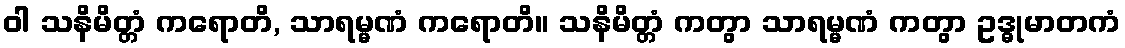
ဝါ သနိမိတ္တံ ကရောတိ, သာရမ္မဏံ ကရောတိ။ သနိမိတ္တံ ကတွာ သာရမ္မဏံ ကတွာ ဥဒ္ဓုမာတကံ